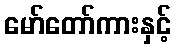
မော်တော်ကားနှင့်